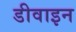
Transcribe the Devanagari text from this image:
डीवाइन